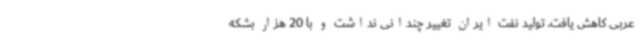
عربی کاهش یافت. تولید نفت ایران تغییر چندانی نداشت و با 20 هزار بشکه